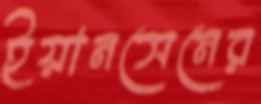
ইয়ানসেনের